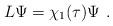
LaTeX: \begin{align*} L\Psi=\chi_1(\tau)\Psi \ .\end{align*}